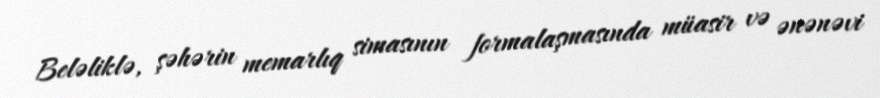
Beləliklə, şəhərin memarlıq simasının formalaşmasında müasir və ənənəvi